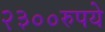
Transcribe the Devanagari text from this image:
२३००रुपये